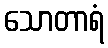
သောတာရံ